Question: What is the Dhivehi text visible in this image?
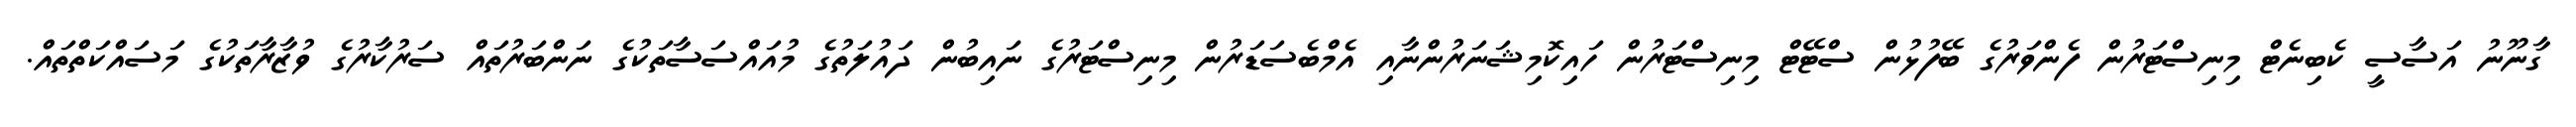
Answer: ގާނޫނު އަސާސީ ކެބިނެޓް މިނިސްޓަރުން ފެންވަރުގެ ބޭފުޅުން ސްޓޭޓް މިނިސްޓަރުން ހައިކޮމިޝަނަރުންނާއި އެމްބެސަޑަރުން މިނިސްޓަރުގެ ނައިބުން ދައުލަތުގެ މުއައްސަސާތަކުގެ ނަންބަރުތައް ސަރުކާރުގެ ވުޒާރާތަކުގެ މަސައްކަތްތައް.